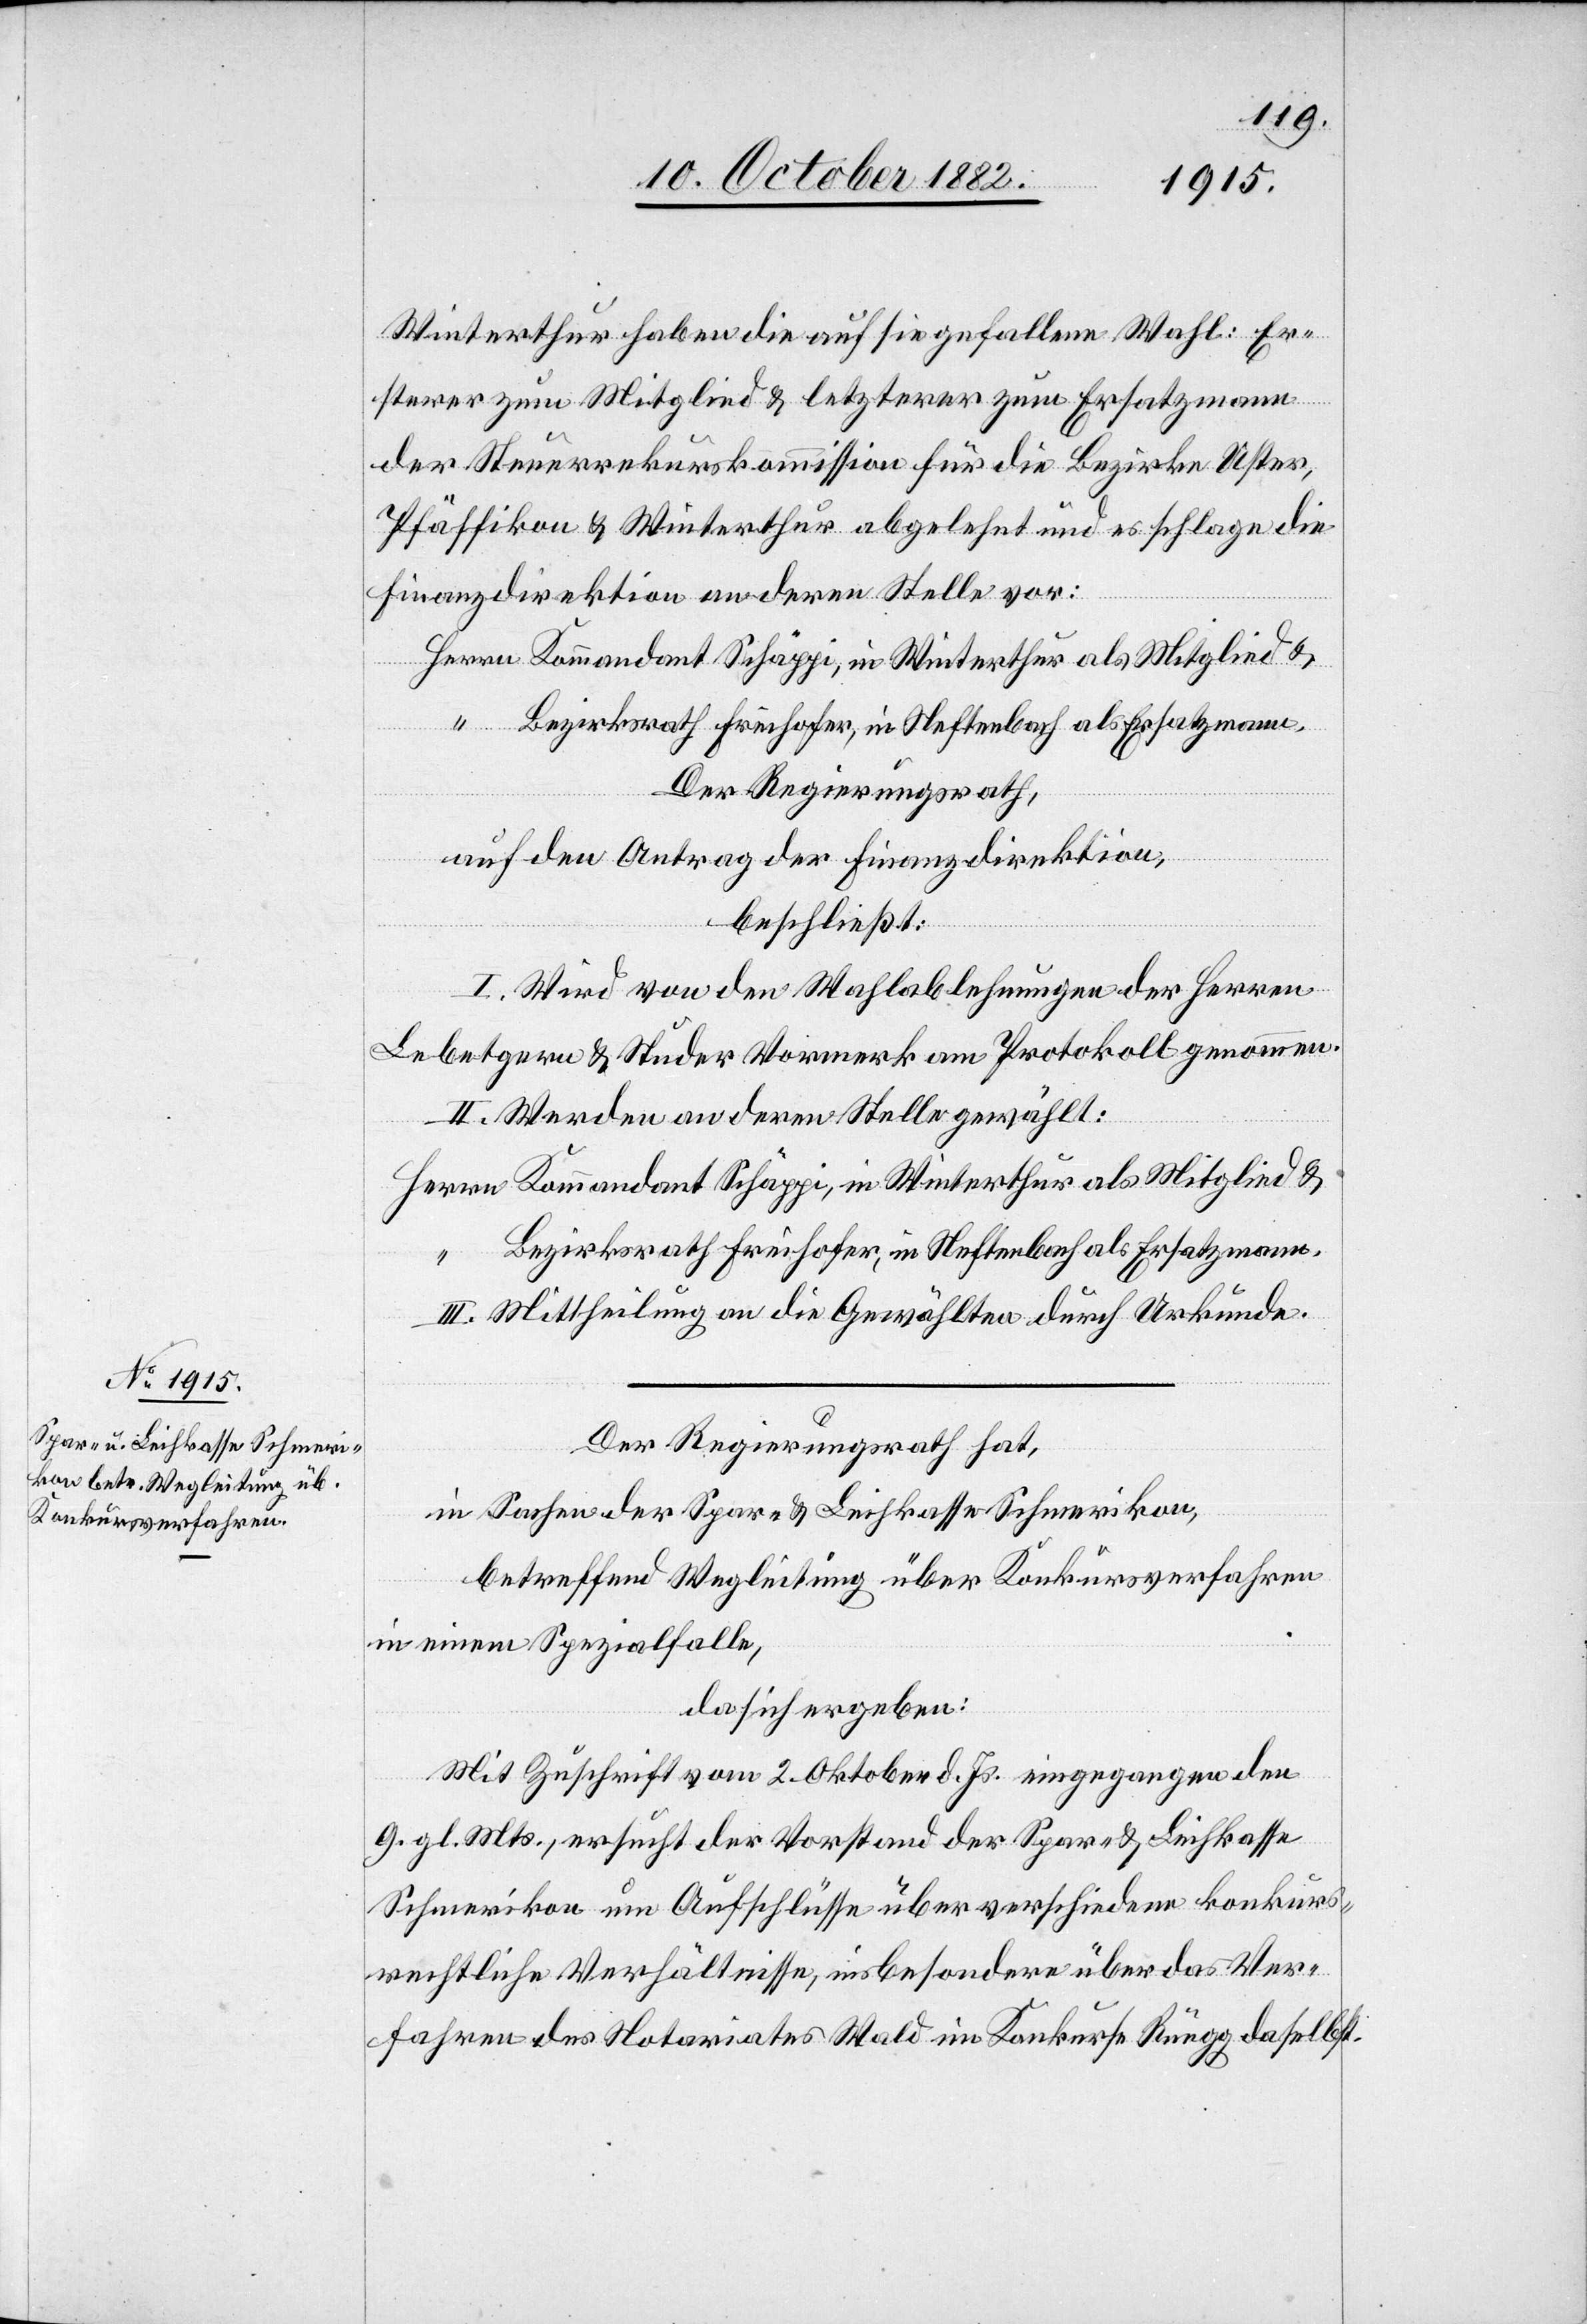
Winterthur haben die auf sich gefallene Wahl: Er¬
als
sterer zum Mitglied & letzterer zum Ersatzmann
der Steuerrekurskommission für die Bezirke Uster,
Pfäffikon & Winterthur abgelehnt und es schlage die
Finanzdirektion an deren Stelle vor:
Kommandant Schäppi, in Winterthur als Mitglied &
Der Regierungsrath,
auf den Antrag der Finanzdirektion,
beschließt:
I. Wird von den Wahlablehnungen der Herren
Lebetgern & Studer Vormerk am Protokoll genommen.
II. Werden an deren Stelle gewählt:
Bezirksrath Freihofer, in Neftenbach als Ersatzmann.
III. Mittheilung an die Gewählten durch Urkunde.
Der Regierungsrath hat,
in Sachen der Spar- & Leihkasse Schmerikon,
betreffend Wegleitung über Konkursverfahren
in einem Spezialfalle,
da sich ergeben:
Mit Zuschrift vom 2. Oktober d. Js. eingegangen den
9. gl. Mts., ersucht der Vorstand der Spar- & Leihkasse
Schmerikon um Aufschlüsse über verschiedene konkurs¬
rechtliche Verhältnisse, insbesondere über das Ver¬
fahren des Notariates Wald im Konkurse Rüegg daselbst.